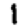
Digit: 1